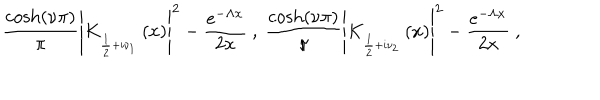
\frac { \cosh \left( \nu \pi \right) } { \pi } \left| K _ { _ { \frac { 1 } { 2 } + i \nu _ { 1 } } } \left( x \right) \right| ^ { 2 } - \frac { e ^ { - \Lambda x } } { 2 x } \ , \ \frac { \cosh \left( \nu \pi \right) } { \pi } \left| K _ { _ { \frac { 1 } { 2 } + i \nu _ { 2 } } } \left( x \right) \right| ^ { 2 } - \frac { e ^ { - \Lambda x } } { 2 x } \ ,